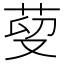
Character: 𦰑